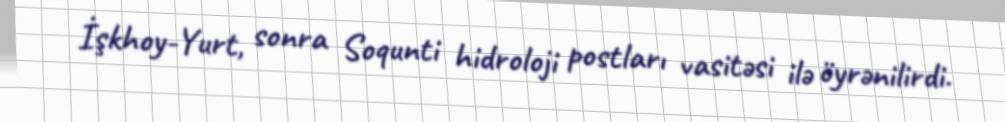
İşkhoy-Yurt, sonra Soqunti hidroloji postları vasitəsi ilə öyrənilirdi.